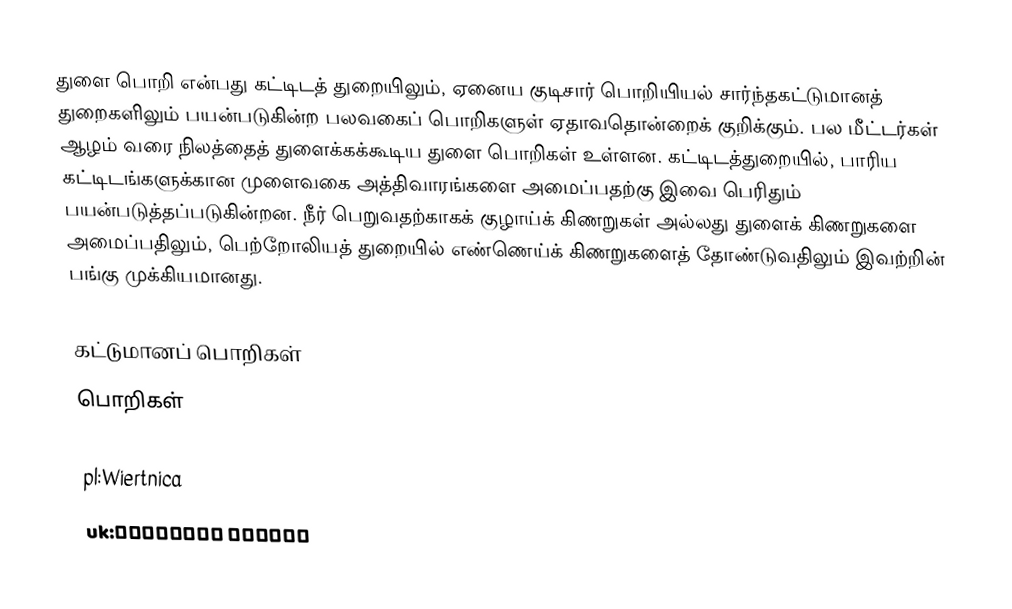
துளை பொறி என்பது கட்டிடத் துறையிலும், ஏனைய குடிசார் பொறியியல் சார்ந்தகட்டுமானத் துறைகளிலும் பயன்படுகின்ற பலவகைப் பொறிகளுள் ஏதாவதொன்றைக் குறிக்கும். பல மீட்டர்கள் ஆழம் வரை நிலத்தைத் துளைக்கக்கூடிய துளை பொறிகள் உள்ளன. கட்டிடத்துறையில், பாரிய கட்டிடங்களுக்கான முளைவகை அத்திவாரங்களை அமைப்பதற்கு இவை பெரிதும் பயன்படுத்தப்படுகின்றன. நீர் பெறுவதற்காகக் குழாய்க் கிணறுகள் அல்லது துளைக் கிணறுகளை அமைப்பதிலும், பெற்றோலியத் துறையில் எண்ணெய்க் கிணறுகளைத் தோண்டுவதிலும் இவற்றின் பங்கு முக்கியமானது.

கட்டுமானப் பொறிகள்
பொறிகள்

pl:Wiertnica
uk:Бурильна машина